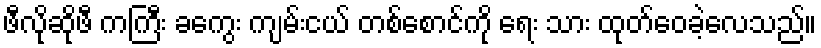
ဖီလိုဆိုဖီ ကကြီး ခကွေး ကျမ်းငယ် တစ်စောင်ကို ရေး သား ထုတ်ဝေခဲ့လေသည်။